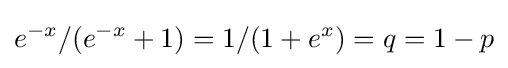
e^{-x}/(e^{-x}+1)=1/(1+e^{x})=q=1-p